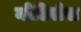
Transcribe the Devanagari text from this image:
नोटिसेस